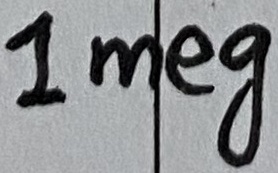
Text: 1meg